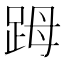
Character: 𧿹